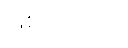
ဖြစ်ပါတယ်။